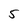
Character: 5